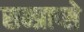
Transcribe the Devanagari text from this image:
सम्प्राप्से